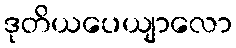
ဒုတိယပေယျာလော